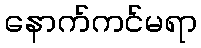
နောက်ကင်မရာ